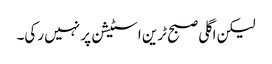
لیکن اگلی صبح ٹرین اسٹیشن پر نہیں رکی۔